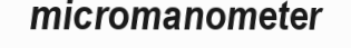
micromanometer